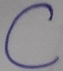
Text: C